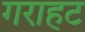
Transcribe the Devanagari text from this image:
गराहट